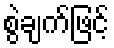
စွဲချက်ဖြင့်